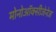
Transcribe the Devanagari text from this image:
मोनोऑक्सीजेनेज